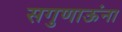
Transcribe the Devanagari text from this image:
सगुणाऊंना